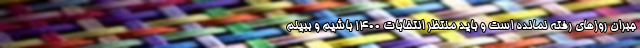
جبران روزهای رفته نمانده است و باید منتظر انتخابات 1400 باشیم و ببینم